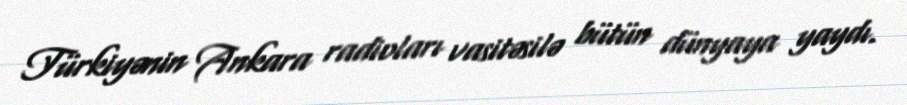
Türkiyənin Ankara radioları vasitəsilə bütün dünyaya yaydı.